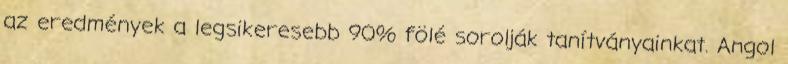
az eredmények a legsikeresebb 90% fölé sorolják tanítványainkat. Angol